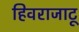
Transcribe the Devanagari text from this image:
हिवराजाटू